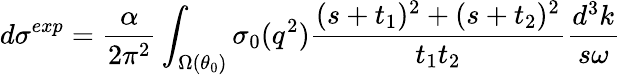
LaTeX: d\sigma^{exp}=\frac{\alpha}{2\pi^{2}}\int_{\Omega(\theta_{0})}^{}\sigma_{0}(q^{2})\frac{(s+t_{1})^{2}+(s+t_{2})^{2}}{t_{1}t_{2}}\frac{d^{3}k}{s\omega}